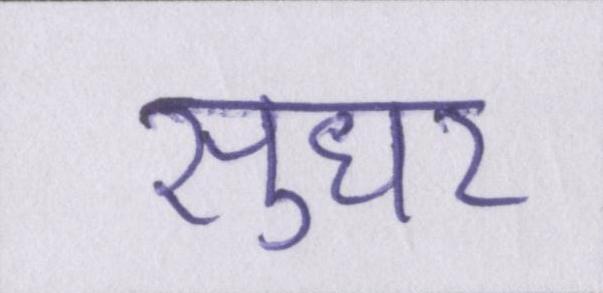
सुधर